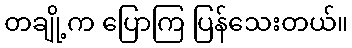
တချို့က ပြောကြ ပြန်သေးတယ်။